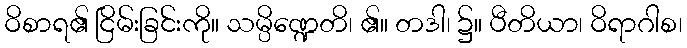
ဝိစာရ၏ ငြိမ်းခြင်းကို။ သမ္ပိဏ္ဍေတိ၊ ၏။ တဒါ၊ ၌။ ပီတိယာ၊ ဝိရာဂါစ၊